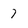
Character: 7